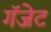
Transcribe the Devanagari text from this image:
गॅजेट